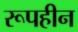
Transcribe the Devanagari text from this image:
रूपहीन